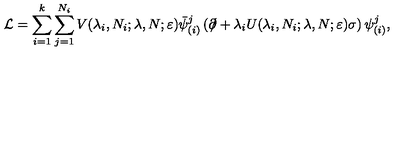
\mathcal { L } = \sum _ { i = 1 } ^ { k } \sum _ { j = 1 } ^ { N _ { i } } V ( \lambda _ { i } , N _ { i } ; \lambda , N ; \varepsilon ) \bar { \psi } _ { ( i ) } ^ { j } \left( \partial \! \! \! \slash + \lambda _ { i } U ( \lambda _ { i } , N _ { i } ; \lambda , N ; \varepsilon ) \sigma \right) \psi _ { ( i ) } ^ { j } ,